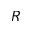
R